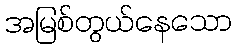
အမြစ်တွယ်နေသော